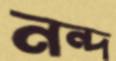
নন্দ